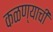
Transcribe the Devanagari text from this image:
कळण्याची